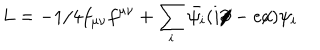
LaTeX: L = - 1 / 4 f _ { \mu \nu } f ^ { \mu \nu } + \sum _ { i } \bar { \psi _ { i } } ( i \partial \! \! \! / - e a \! \! \! / ) \psi _ { i }